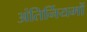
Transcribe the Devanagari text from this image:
अंतिर्नियमों